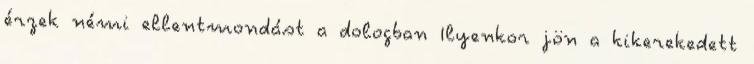
érzek némi ellentmondást a dologban Ilyenkor jön a kikerekedett